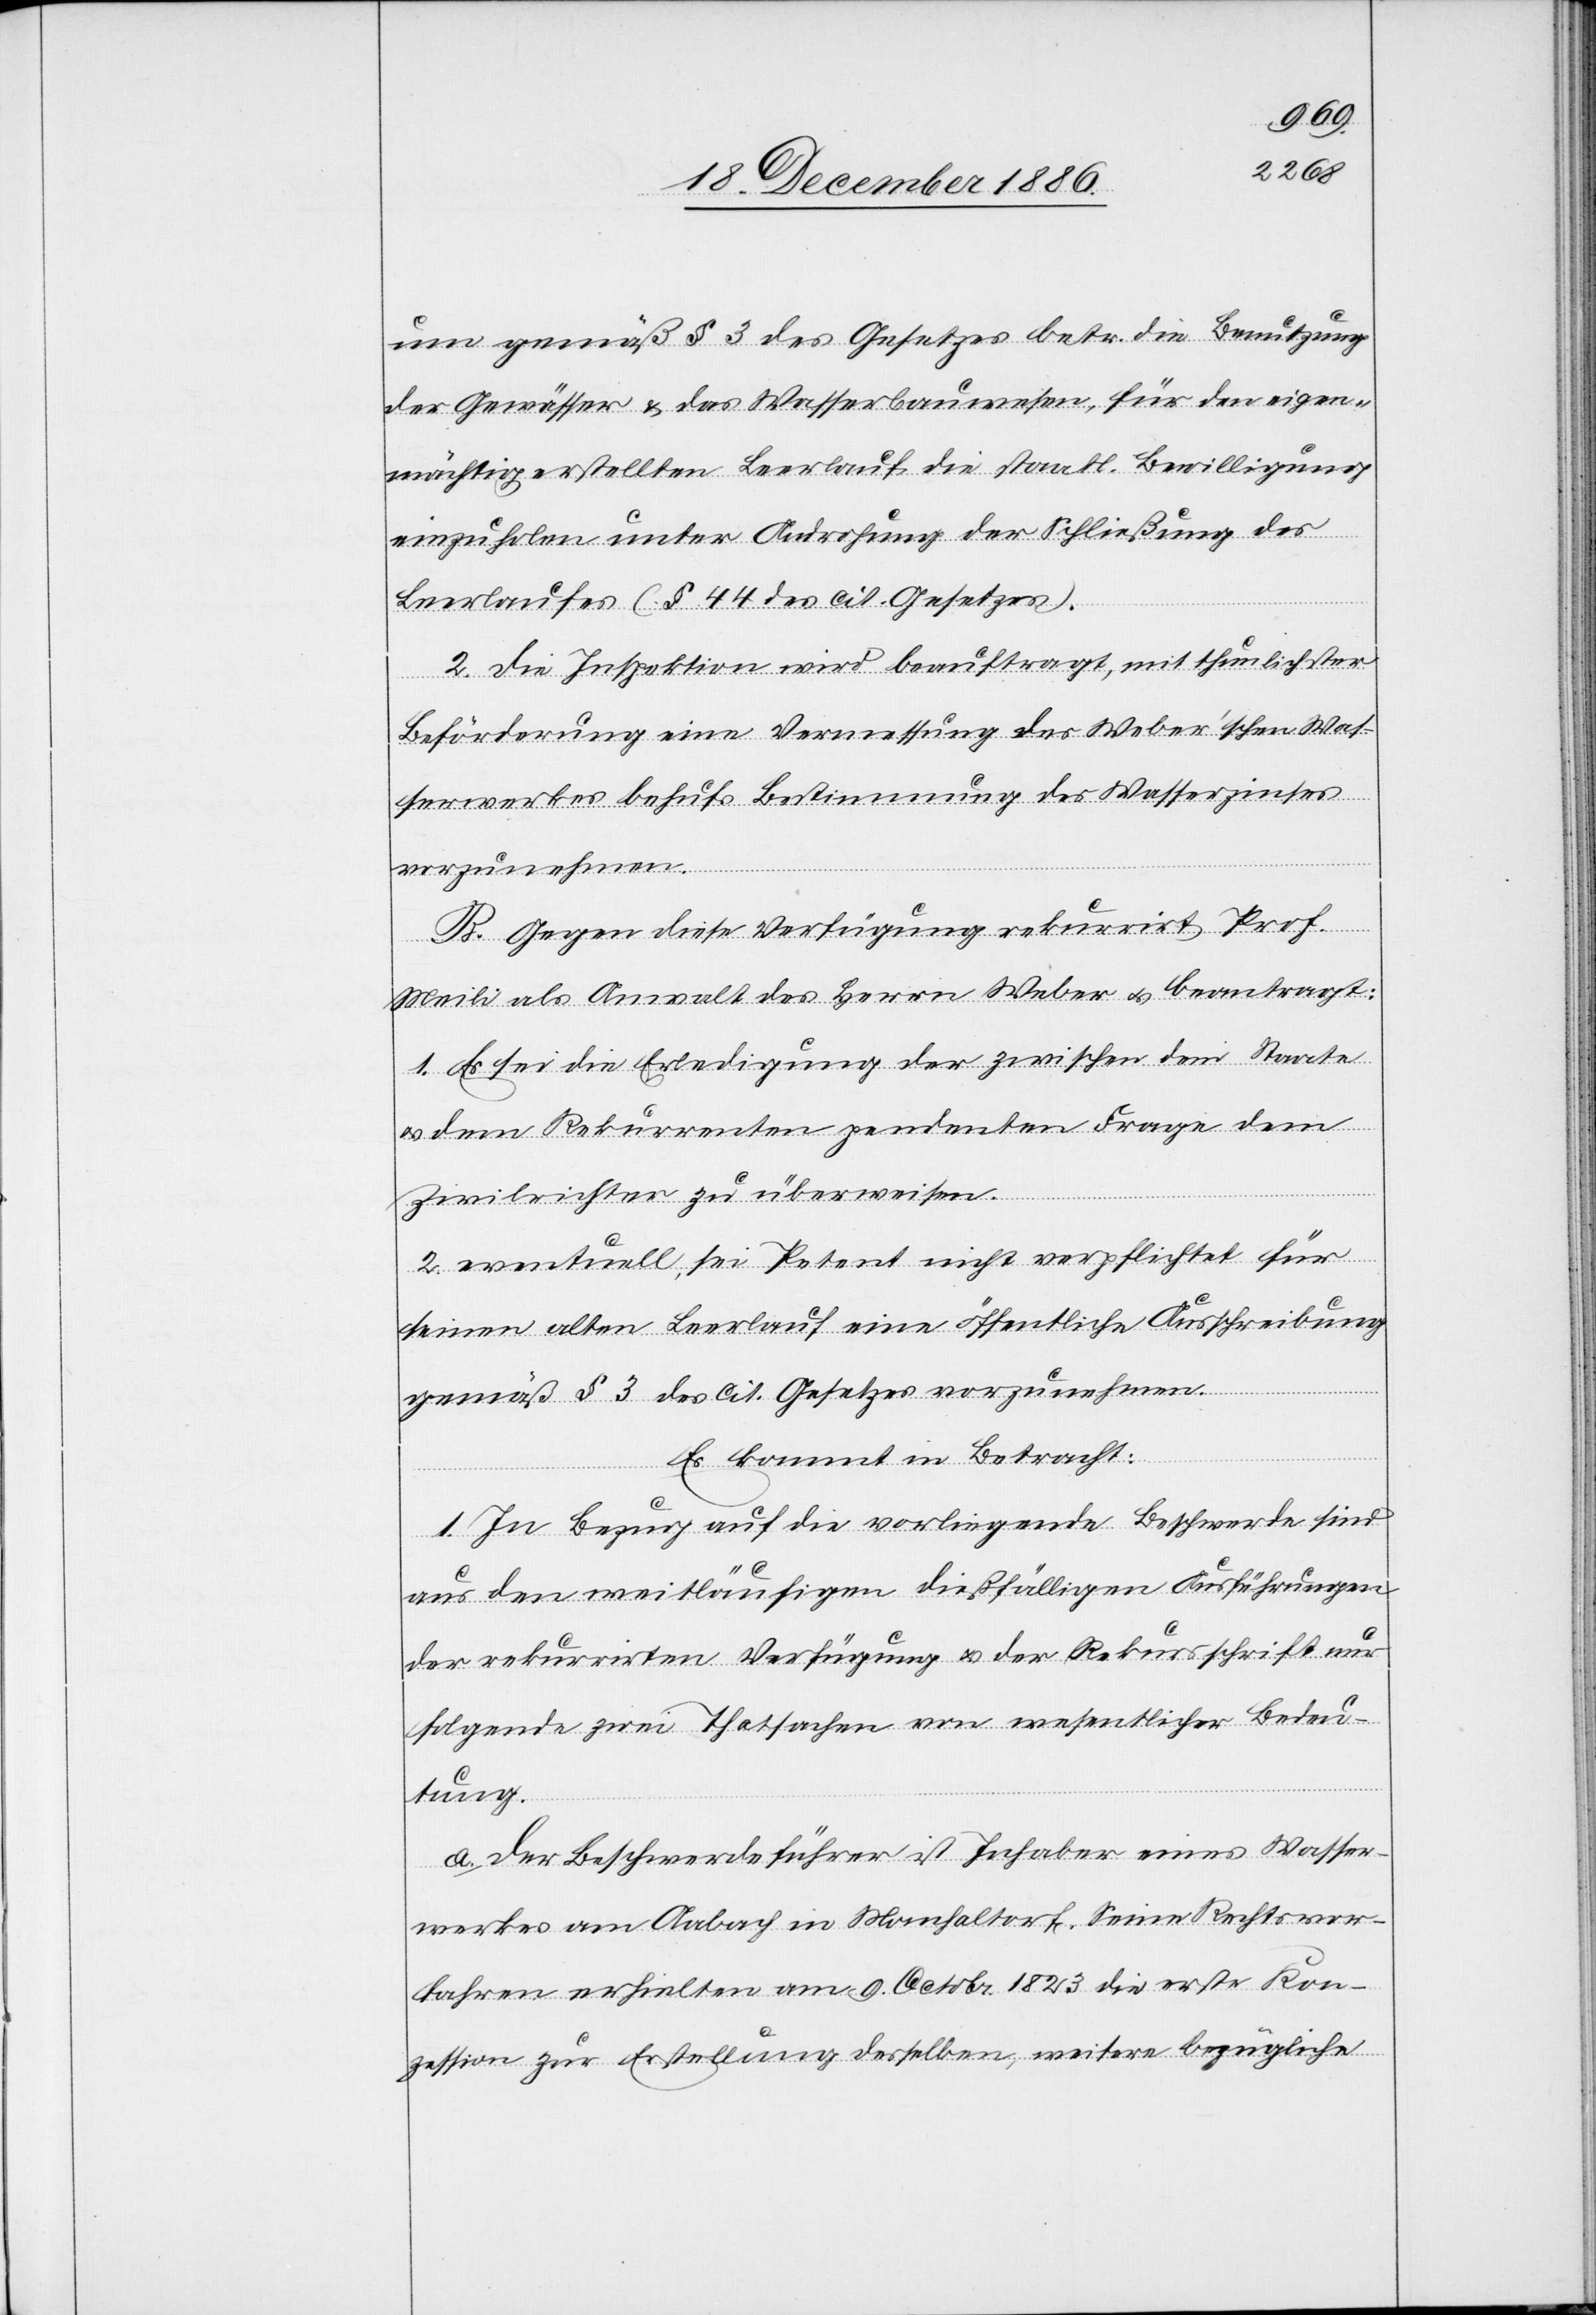
um gemäß § 3 des Gesetzes betr. die Benutzung
der Gewässer & das Wasserbauwesen, für den eigen¬
mächtig erstellten Leerlauf die staatl. Bewilligung
einzuholen unter Androhung der Schließung des
Leerlaufes (§ 44 des cit. Gesetzes).
2. Die Inspektion wird beauftragt, mit thunlichster
Beförderung eine Vermessung des Weber’schen Was¬
serwerkes behufs Bestimmung des Wasserzinses
vorzunehmen.
B. Gegen diese Verfügung rekurrirt Prof.
Meili als Anwalt des Herrn Weber & beantragt:
1. Es sei die Erledigung der zwischen dem Staate
& dem Rekurrenten pendenten Frage dem
Zivilrichter zu überweisen.
2. eventuell, sei Petent nicht verpflichtet für
seinen alten Leerlauf eine öffentliche Ausschreibung
gemäß § 3 des cit. Gesetzes vorzunehmen.
Es kommt in Betracht:
1. In Bezug auf die vorliegende Beschwerde sind
aus den weitläufigen dießfälligen Ausführungen
der rekurrirten Verfügung & der Rekursschrift nur
folgende zwei Thatsachen von wesentlicher Bedeu¬
tung.
a. Der Beschwerdeführer ist Inhaber eines Wasser¬
werkes am Aabach in Monchaltorf [sic!]. Seine Rechtsvor¬
fahren erhielten am 9. Octobr. 1823 die erste Kon¬
zession zur Erstellung desselben, weitere bezügliche